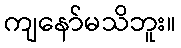
ကျနော်မသိဘူး။